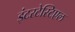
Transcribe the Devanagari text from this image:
इंटरटेस्टिएल